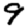
Digit: 9